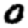
Digit: 0